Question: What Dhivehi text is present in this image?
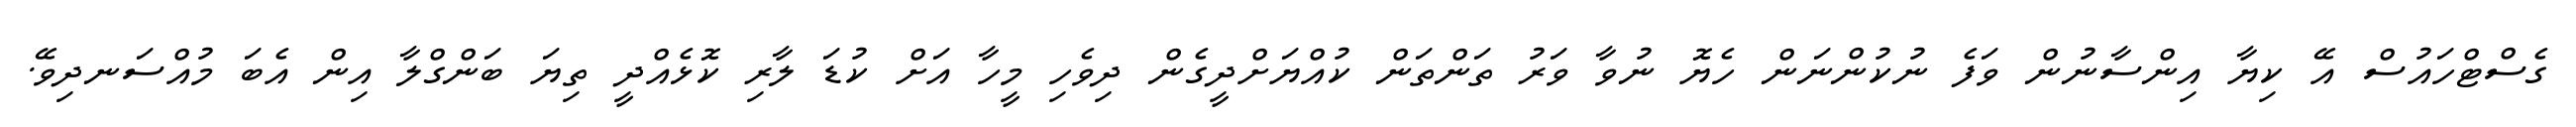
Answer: ގެސްޓްހައުސް އޭ ކިޔާ އިންސާނުން ވަފެ ނުކުންނަން ހެޔޮ ނުވާ ވަރު ތަންތަން ކުއްޔަށްދީގެން ދިވެހި މީހާ އަށް ކުޑަ ލާރި ކޮޅެއްދީ ތިޔަ ބަންގްލާ އިން އެބަ މުއްސަނދިވޭ.